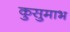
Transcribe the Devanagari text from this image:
कुसुमाभ